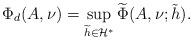
LaTeX: \begin{align*} \Phi_d(A,\nu)=\sup_{\widetilde{h}\in \mathcal{H}^*}\widetilde{\Phi}(A,\nu; \tilde{h}).\end{align*}